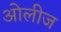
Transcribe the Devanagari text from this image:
ओलीज